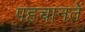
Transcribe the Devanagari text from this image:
पहचानतें